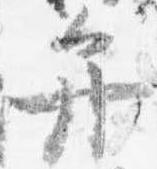
弁